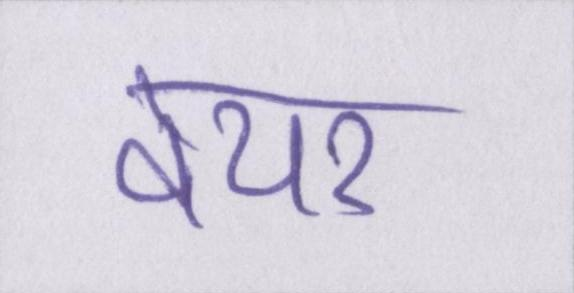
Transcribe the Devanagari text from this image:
वेयर